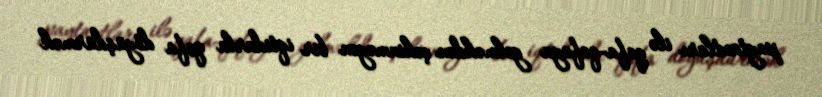
paytaxtları ilə qafa-qafaya gəlməkdən çəkinməyən bir iqtidarla qafa döyüşdürmək